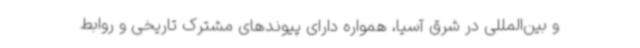
و بین‌المللی در شرق آسیا، همواره دارای پیوندهای مشترک تاریخی و روابط